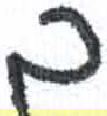
אות: ל